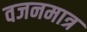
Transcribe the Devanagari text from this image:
वजनमात्र